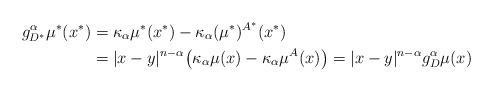
LaTeX: \begin{align*}g^\alpha_{D^*}\mu^*(x^*)&=\kappa_\alpha\mu^*(x^*)-\kappa_\alpha(\mu^*)^{A^*}(x^*)\\ {}&=|x-y|^{n-\alpha}\bigl(\kappa_\alpha\mu(x)-\kappa_\alpha\mu^A(x)\bigr)=|x-y|^{n-\alpha}g_D^\alpha\mu(x)\end{align*}